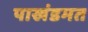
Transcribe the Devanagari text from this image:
पाखंडमत